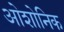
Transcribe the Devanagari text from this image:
ओशोनिक